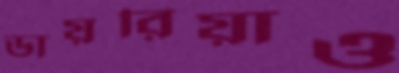
ডায়রিয়াও